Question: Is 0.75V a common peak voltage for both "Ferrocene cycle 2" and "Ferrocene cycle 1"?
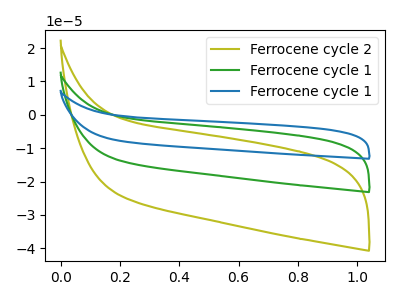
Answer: <think>The olive curve "Ferrocene cycle 2" has no peaks. The green curve "Ferrocene cycle 1" has no peaks. The blue curve "Ferrocene cycle 1" has no peaks.</think>
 <answer>No, "Ferrocene cycle 2" and "Ferrocene cycle 1" dont share a peak at 0.75V.</answer>
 <eval>mismatch</eval>